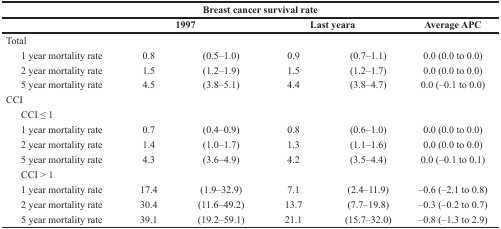
<table><thead><tr><td></td><td colspan="4"><b>Breast cancer survival rate</b></td><td></td></tr><tr><td></td><td colspan="2"><b>1997</b></td><td colspan="2"><b>Last year<sup>a</sup></b></td><td><b>Average APC</b></td></tr></thead><tbody><tr><td>Total</td><td></td><td></td><td></td><td></td><td></td></tr><tr><td> 1 year mortality rate</td><td>0.8</td><td>(0.5–1.0)</td><td>0.9</td><td>(0.7–1.1)</td><td>0.0 (0.0 to 0.0)</td></tr><tr><td> 2 year mortality rate</td><td>1.5</td><td>(1.2–1.9)</td><td>1.5</td><td>(1.2–1.7)</td><td>0.0 (0.0 to 0.0)</td></tr><tr><td> 5 year mortality rate</td><td>4.5</td><td>(3.8–5.1)</td><td>4.4</td><td>(3.8–4.7)</td><td>0.0 (–0.1 to 0.0)</td></tr><tr><td>CCI</td><td></td><td></td><td></td><td></td><td></td></tr><tr><td> CCI ≤ 1</td><td></td><td></td><td></td><td></td><td></td></tr><tr><td> 1 year mortality rate</td><td>0.7</td><td>(0.4–0.9)</td><td>0.8</td><td>(0.6–1.0)</td><td>0.0 (0.0 to 0.0)</td></tr><tr><td> 2 year mortality rate</td><td>1.4</td><td>(1.0–1.7)</td><td>1.3</td><td>(1.1–1.6)</td><td>0.0 (0.0 to 0.0)</td></tr><tr><td> 5 year mortality rate</td><td>4.3</td><td>(3.6–4.9)</td><td>4.2</td><td>(3.5–4.4)</td><td>0.0 (–0.1 to 0.1)</td></tr><tr><td> CCI &gt; 1</td><td></td><td></td><td></td><td></td><td></td></tr><tr><td> 1 year mortality rate</td><td>17.4</td><td>(1.9–32.9)</td><td>7.1</td><td>(2.4–11.9)</td><td>–0.6 (–2.1 to 0.8)</td></tr><tr><td> 2 year mortality rate</td><td>30.4</td><td>(11.6–49.2)</td><td>13.7</td><td>(7.7–19.8)</td><td>–0.3 (–0.2 to 0.7)</td></tr><tr><td> 5 year mortality rate</td><td>39.1</td><td>(19.2–59.1)</td><td>21.1</td><td>(15.7–32.0)</td><td>–0.8 (–1.3 to 2.9)</td></tr></tbody></table>